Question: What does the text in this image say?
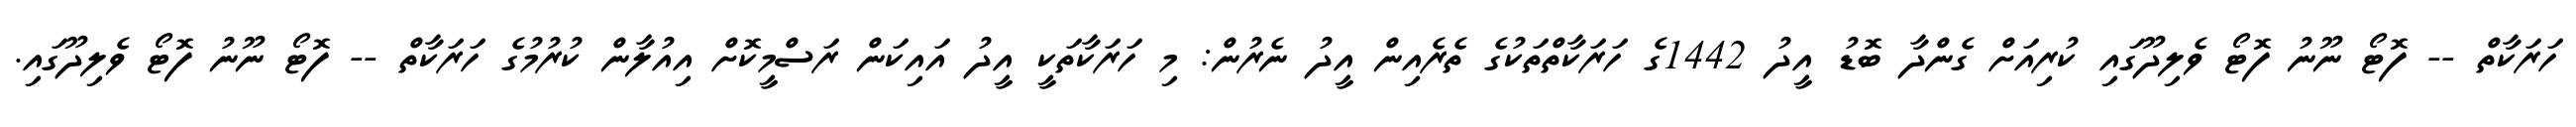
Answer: ހަރަކާތް -- ފޮޓޯ ނޫނު ފޮޓޯ ވެލިދޫގައި ކުރިއަށް ގެންދާ ބޮޑު އީދު 1442ގެ ހަރަކާތްތަކުގެ ތެރެއިން އީދު ނެރުން: މި ހަރަކާތަކީ އީދު އައިކަން ރަސްމީކޮށް އިއުލާން ކުރުމުގެ ހަރަކާތް -- ފޮޓޯ ނޫނު ފޮޓޯ ވެލިދޫގައި.